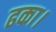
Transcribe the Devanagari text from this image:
ढका।